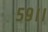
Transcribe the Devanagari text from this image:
५९।।